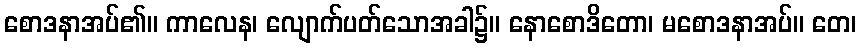
စောဒနာအပ်၏။ ကာလေန၊ လျောက်ပတ်သောအခါ၌။ နောစောဒိတော၊ မစောဒနာအပ်။ တေ၊